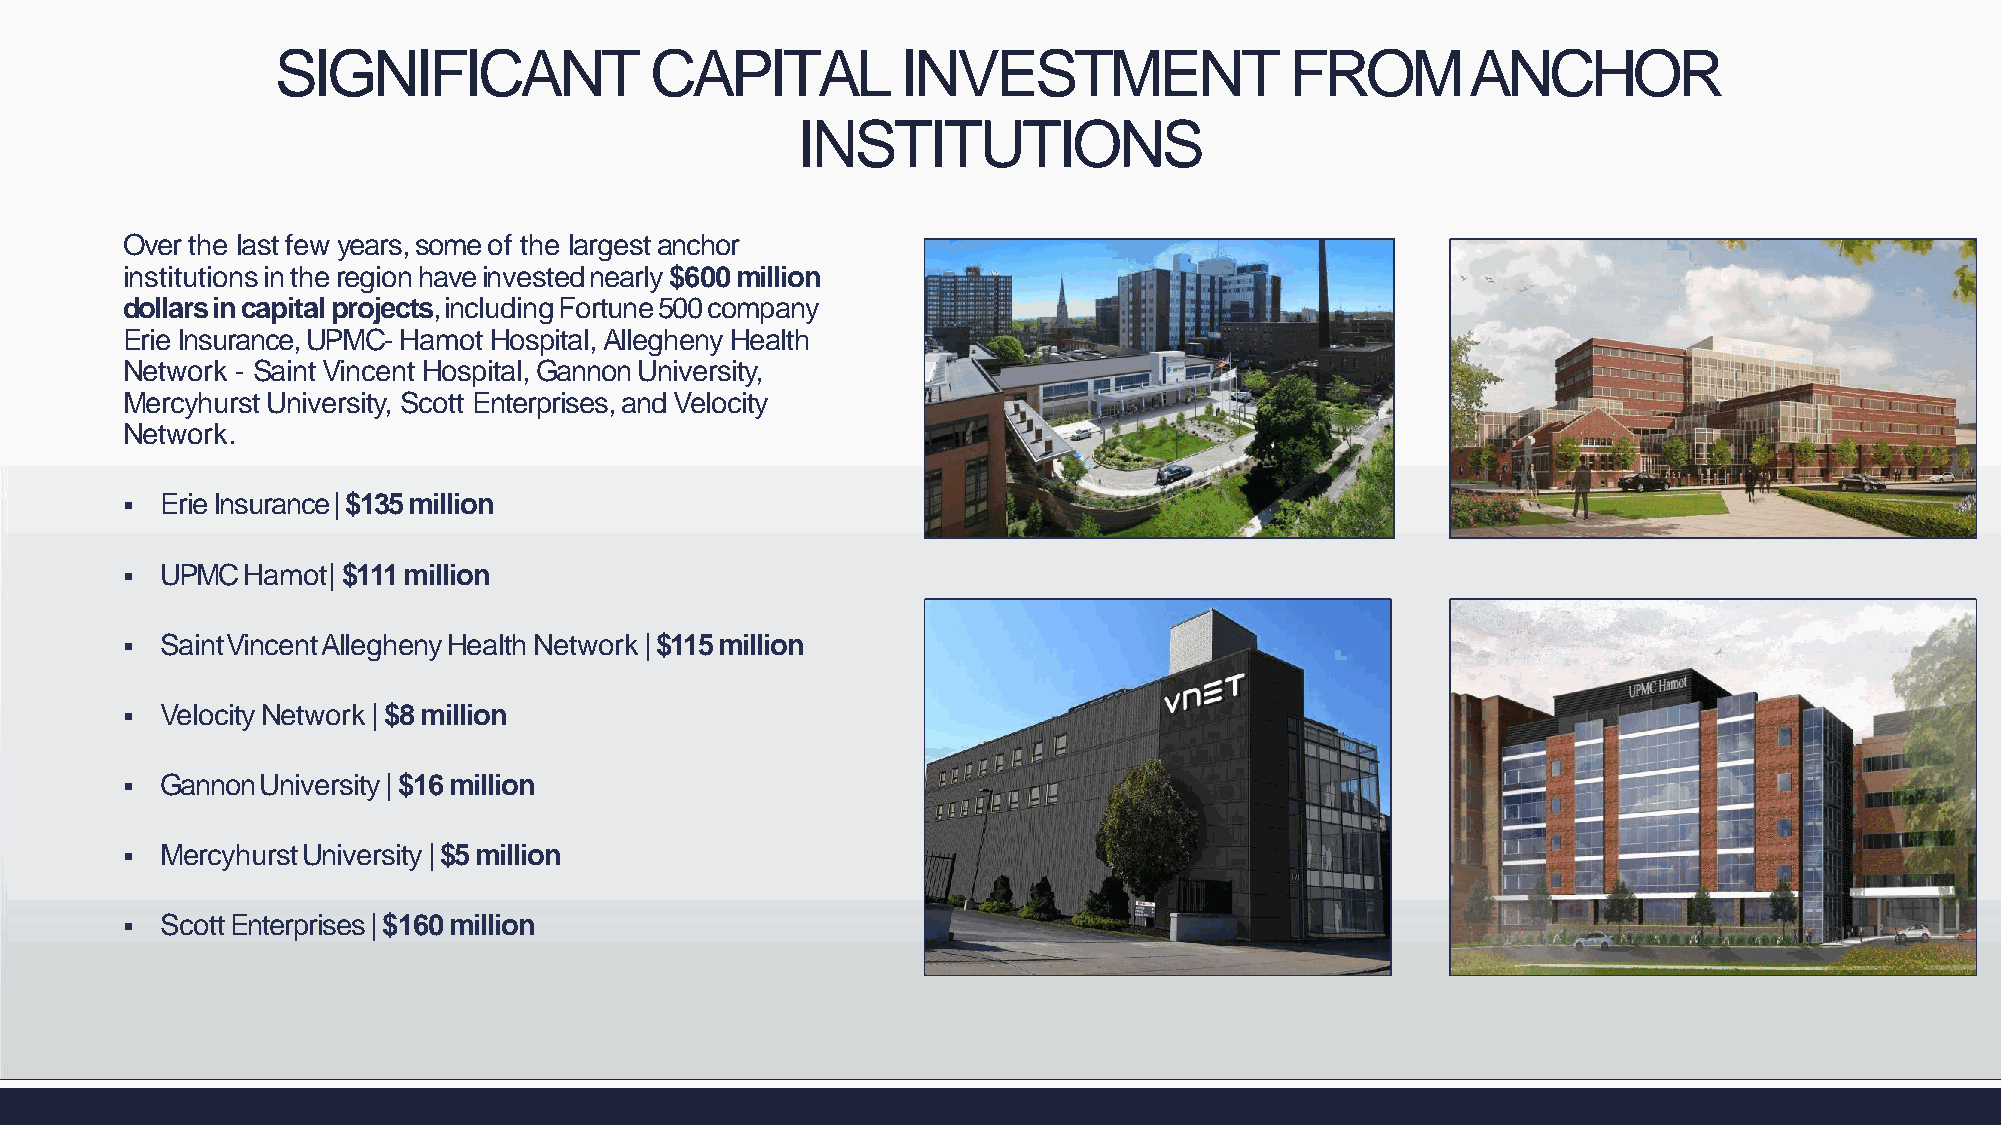
SIGNIFICANT              CAPITAL          INVESTMENT               FROMANCHOR
 INSTITUTIONS
 Over the last few years, some of the largest anchor
 institutionsintheregionhaveinvestednearly$600million
 dollarsincapitalprojects,includingFortune500company
 Erie Insurance, UPMC-Hamot Hospital, Allegheny Health
 Network - Saint Vincent Hospital, Gannon University,
 Mercyhurst University, Scott Enterprises, and Velocity
 Network.
   ErieInsurance|$135million
   UPMC Hamot| $111 million
   SaintVincentAlleghenyHealthNetwork|$115million
   VelocityNetwork|$8million
   GannonUniversity|$16million
   MercyhurstUniversity|$5million
   ScottEnterprises|$160million